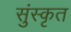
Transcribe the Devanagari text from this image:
सुंस्कृत